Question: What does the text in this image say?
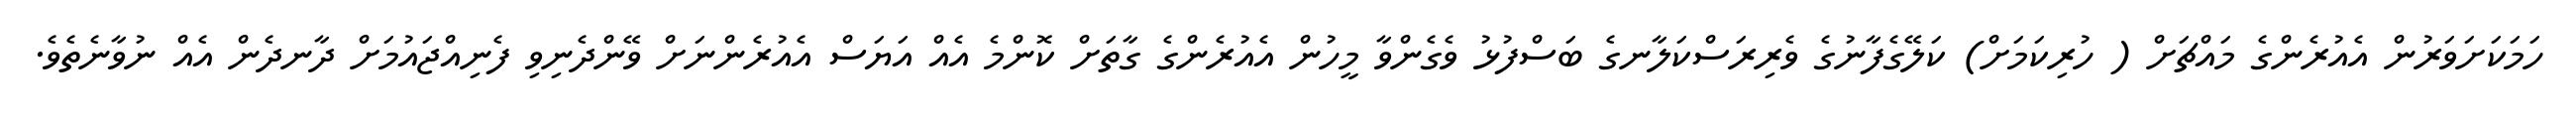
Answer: ހަމަކަށަވަރުން އެއުރެންގެ މައްޗަށް ( ހުރިކަމަށް) ކަލޭގެފާނުގެ ވެރިރަސްކަލާނގެ ބަސްފުޅު ވެގެންވާ މީހުން އެއުރެންގެ ގާތަށް ކޮންމެ އެއް އަޔަސް އެއުރެންނަށް ވޭންދެނިވި ފެނިއްޖައުމަށް ދާނދެން އެއް ނުވާނެތެވެ.